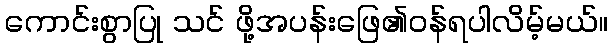
ကောင်းစွာပြု သင် ဖို့အပန်းဖြေ၏ဝန်ရပါလိမ့်မယ်။